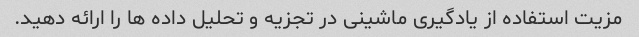
مزیت استفاده از یادگیری ماشینی در تجزیه و تحلیل داده ها را ارائه دهید.